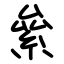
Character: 絫